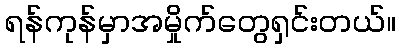
ရန်ကုန်မှာအမှိုက်တွေရှင်းတယ်။